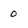
Character: 0